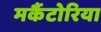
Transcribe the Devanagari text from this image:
मर्कैटोरिया